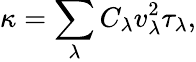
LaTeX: \kappa=\sum_{\lambda}C_{\lambda}v_{\lambda}^{2}\tau_{\lambda},